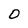
Character: O